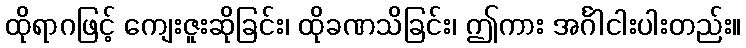
ထိုရာဂဖြင့် ကျေးဇူးဆိုခြင်း၊ ထိုခဏသိခြင်း၊ ဤကား အင်္ဂါငါးပါးတည်း။